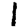
Digit: 1